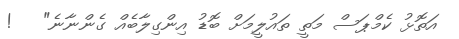
އަތޮޅު ކެމްޕަސް މަތީ ތައުލީމަށް ބޮޑު އިންގިލާބެއް ގެންނާނެ"   !